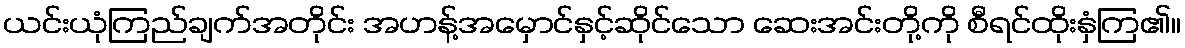
ယင်းယုံကြည်ချက်အတိုင်း အဟန့်အမှောင်နှင့်ဆိုင်သော ဆေးအင်းတို့ကို စီရင်ထိုးနှံကြ၏။